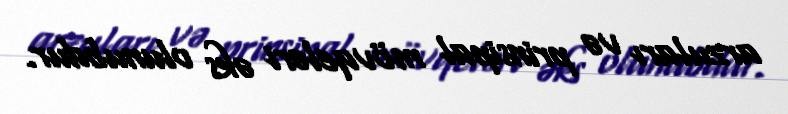
arzuları və prinsipal mövqeləri əks olunubdur.